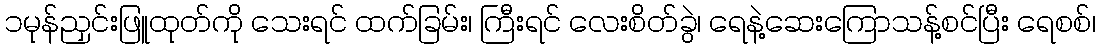
၁မုန်ညှင်းဖြူထုတ်ကို သေးရင် ထက်ခြမ်း၊ ကြီးရင် လေးစိတ်ခွဲ၊ ရေနဲ့ဆေးကြောသန့်စင်ပြီး ရေစစ်၊